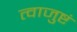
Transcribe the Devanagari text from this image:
त्वाजुष्टं